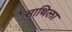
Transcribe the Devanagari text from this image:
साथिला